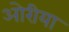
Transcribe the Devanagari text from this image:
ओरीया